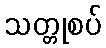
သတ္တုစပ်